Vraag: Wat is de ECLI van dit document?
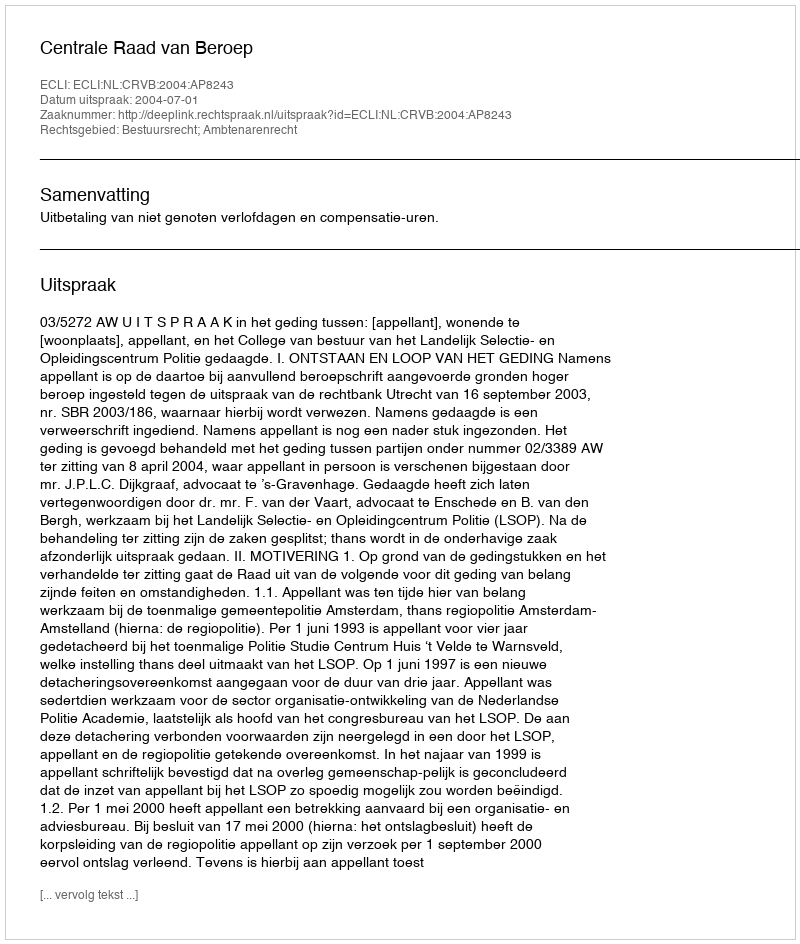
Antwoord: ECLI:NL:CRVB:2004:AP8243